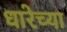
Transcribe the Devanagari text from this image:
धारेच्या